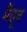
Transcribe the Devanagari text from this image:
मैंग्रूव